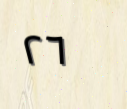
٢٦